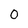
Character: 0